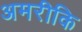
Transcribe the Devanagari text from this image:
अमरीकि